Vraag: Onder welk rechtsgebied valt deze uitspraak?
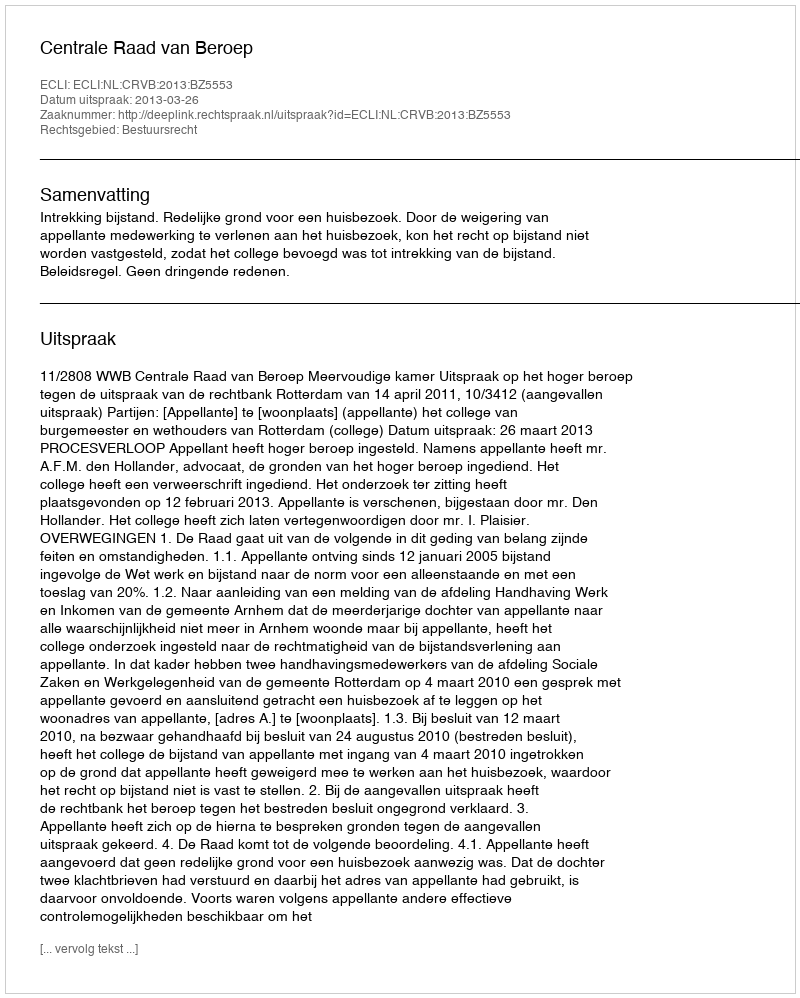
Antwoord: Bestuursrecht